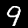
Digit: 9